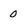
Character: 0